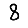
Digit: 8